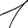
Digit: 1